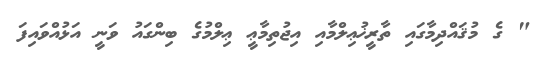
" ގެ މުޤައްދިމާގައި ތާރީޚުޢިލްމާއި އިޖުތިމާޢީ ޢިލްމުގެ ބިންގައު ވަނީ އަޅުއްވައިފަ